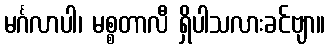
မင်္ဂလာပါ၊ မစ္စတာလီ ရှိပါသလားခင်ဗျာ။